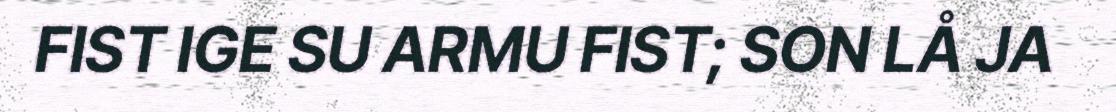
FIST IGE SU ARMU FIST; SON LÅ JA